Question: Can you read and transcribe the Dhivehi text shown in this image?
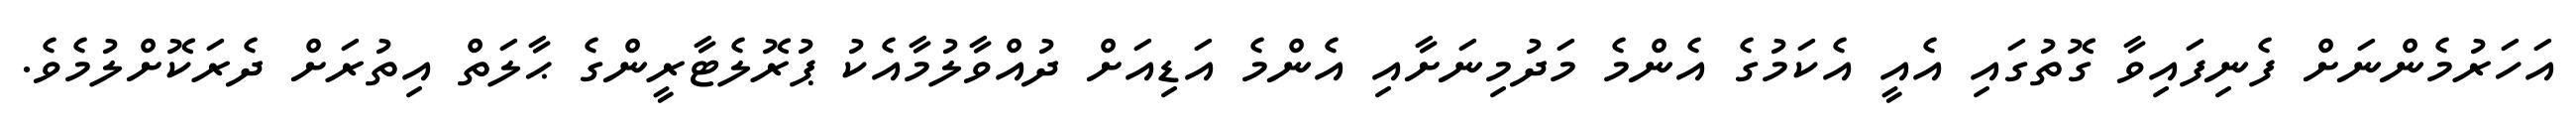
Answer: އަހަރުމެންނަށް ފެނިފައިވާ ގޮތުގައި އެއީ އެކަމުގެ އެންމެ މަދުމިނަށާއި އެންމެ އަޑިއަށް ދުއްވާލުމާއެކު ޕުރޮލެޓާރީންގެ ޙާލަތް އިތުރަށް ދެރަކޮށްލުމެވެ.